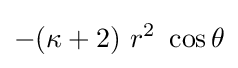
-(\kappa +2)~r^{2}~\cos \theta